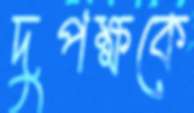
দুপক্ষকে